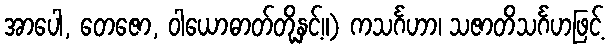
အာပေါ, တေဇော, ဝါယောဓာတ်တို့နှင့်။) ကသင်္ဂဟာ၊ သဇာတိသင်္ဂဟဖြင့်